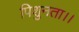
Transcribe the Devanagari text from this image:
पिशुनता।।